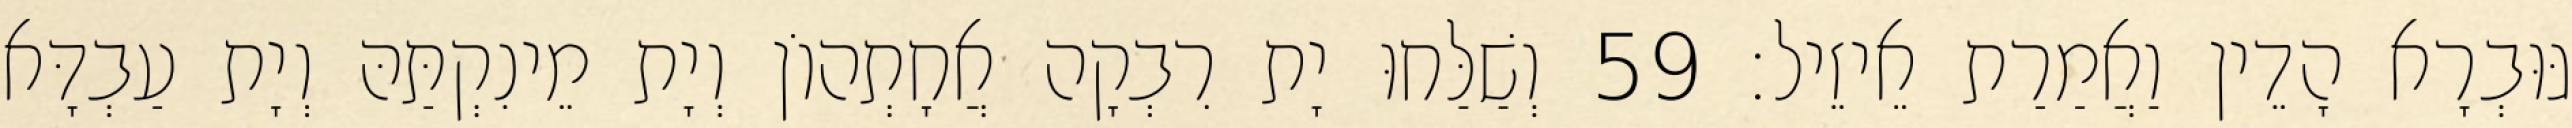
גּוּבְרָא הָדֵין וַאֲמַרַת אֵיזֵיל׃ 59 וְשַׁלַּחוּ יָת רִבְקָה אֲחָתְהוֹן וְיָת מֵינִקְתַּהּ וְיָת עַבְדָּא